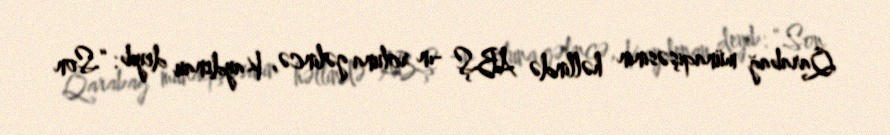
Qarabağ münaqişəsinin həllində ABŞ -ın roluna gəlincə, Kaydenau deyib: “Son